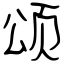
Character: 颂